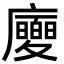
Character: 𢌂